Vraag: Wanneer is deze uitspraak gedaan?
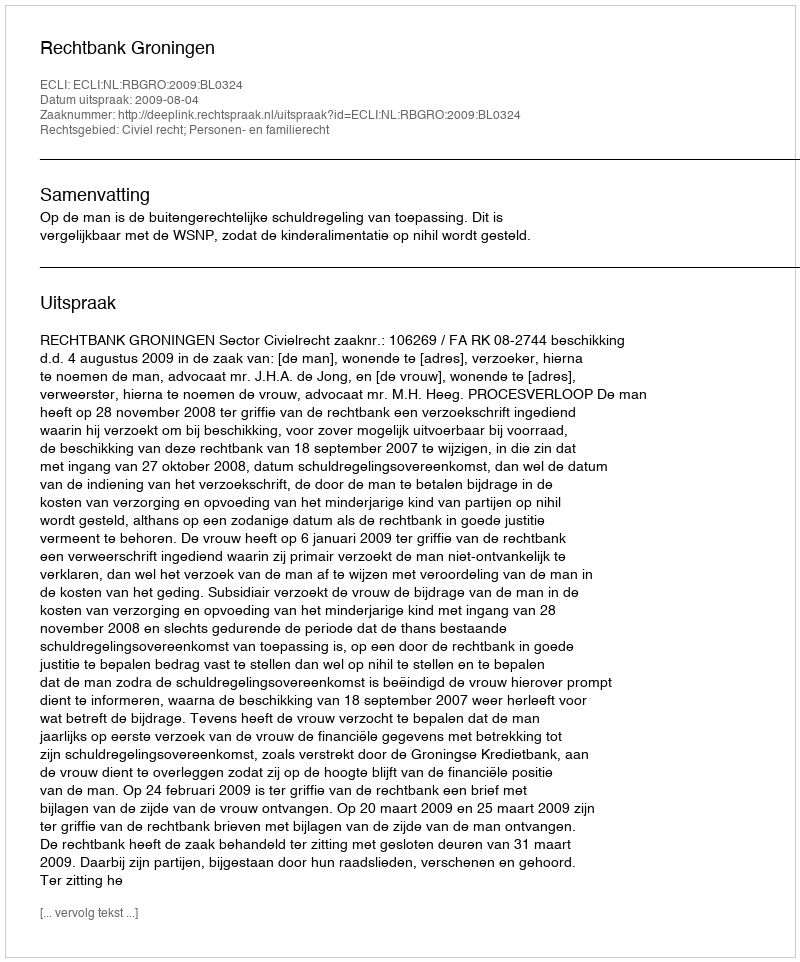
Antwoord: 2009-08-04